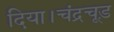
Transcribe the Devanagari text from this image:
दिया।चंद्रचूड़